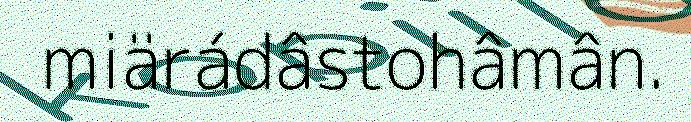
miärádâstohâmân.